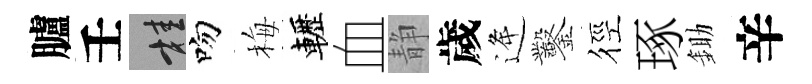
臚壬桂吻梅轣血静歲逄鑿徑琢鋤辛